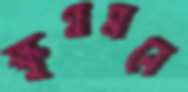
ক্ষুণ্ণমনে